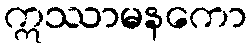
ဣဿာမနကော